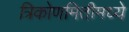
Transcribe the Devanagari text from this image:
त्रिकोणमितीमध्ये